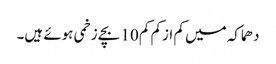
دھماکہ میں کم ازکم کم 10 بچے زخمی ہوئے ہیں۔